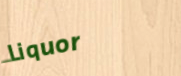
Liquor